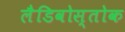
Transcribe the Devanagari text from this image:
लैडिवोस्तोक